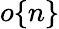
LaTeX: o\{ n\}